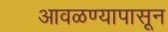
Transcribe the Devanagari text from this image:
आवळण्यापासून